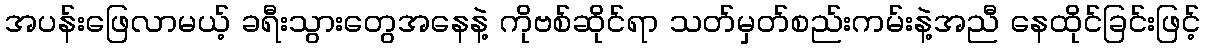
အပန်းဖြေလာမယ့် ခရီးသွားတွေအနေနဲ့ ကိုဗစ်ဆိုင်ရာ သတ်မှတ်စည်းကမ်းနဲ့အညီ နေထိုင်ခြင်းဖြင့်